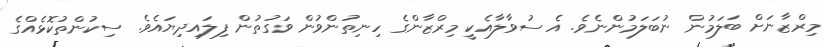
މިރްޒާނަށް ބަލަމުން ނުބަލަމުންނެވެ. އެ ސުވާލާއެކީ މިރްޒާންގެ ހިނިތުންވުން ވަގުތުން ފިލައިދިޔައެވެ. ސިކުންތުކޮޅެއްގެ